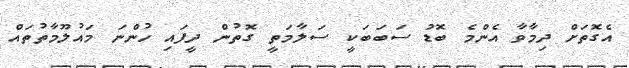
އެގޮތަށް ދިމާވާ އެންމެ ބޮޑު ސަބަބަކީ ސަލާމަތީ ގޮތުން ދީފައި ހުންނަ މައުލޫމާތުތައް